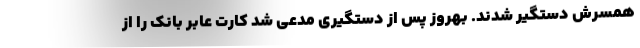
همسرش دستگیر شدند. بهروز پس از دستگیری مدعی شد کارت عابر بانک را از